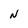
Character: N